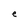
Character: e